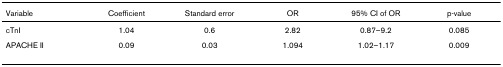
<table><thead><tr><td><b>Variable</b></td><td><b>Coefficient</b></td><td><b>Standard error</b></td><td><b>OR</b></td><td><b>95% CI of OR</b></td><td><b>p-value</b></td></tr></thead><tbody><tr><td>cTnI</td><td>1.04</td><td>0.6</td><td>2.82</td><td>0.87–9.2</td><td>0.085</td></tr><tr><td>APACHE II</td><td>0.09</td><td>0.03</td><td>1.094</td><td>1.02–1.17</td><td>0.009</td></tr></tbody></table>